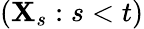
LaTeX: \left(\mathbf{X}_{s}:s<t\right)